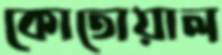
কোতোয়াল